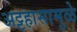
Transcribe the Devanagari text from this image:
अट्टहासामुळे